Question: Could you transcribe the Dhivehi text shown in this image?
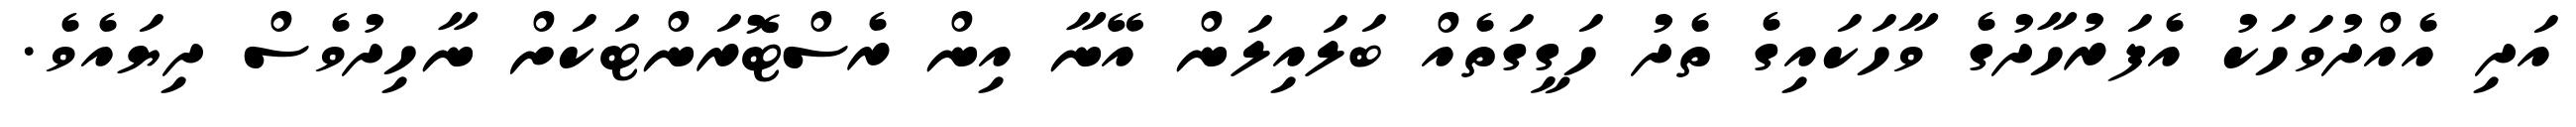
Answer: އަދި އެއްދުވަހަކު އެފަރުހާދުގެ ވާހަކައިގެ ތެދު ހަގީގަތެއް ބަލައިލަން އޭނާ އިން ރެސްޓޮރަންޓަކަށް ނާހިދުވެސް ދިޔައެވެ.